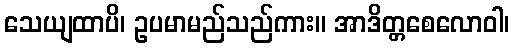
သေယျထာပိ၊ ဥပမာမည်သည်ကား။ အာဒိတ္တစေလောဝါ၊